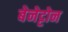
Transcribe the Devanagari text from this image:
बेनेट्टोन